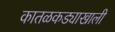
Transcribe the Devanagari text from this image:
कातळकड्याखाली